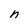
Character: n